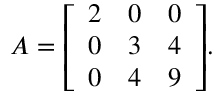
A = { \left[ \begin{array} { l l l } { 2 } & { 0 } & { 0 } \\ { 0 } & { 3 } & { 4 } \\ { 0 } & { 4 } & { 9 } \end{array} \right] } .